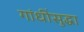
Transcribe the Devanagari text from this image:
गांधींसुद्धा